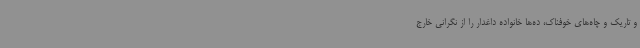
و تاریک و چاه‌های خوفناک، ده‌ها خانواده داغدار را از نگرانی خارج